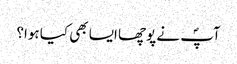
آپؐ نے پوچھا ایسا بھی کیا ہوا؟